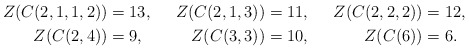
\begin{align*} Z(C(2,1,1,2))&=13,& Z(C(2,1,3))&=11,& Z(C(2,2,2))&=12,&\\ Z(C(2,4))&=9,& Z(C(3,3))&=10,& Z(C(6))&=6. \end{align*}